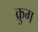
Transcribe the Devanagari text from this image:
क्रुग